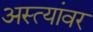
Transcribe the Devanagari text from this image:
अस्त्यांवर